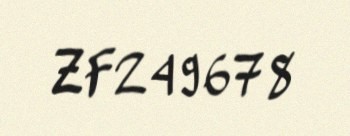
ZF249678